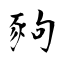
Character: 豞